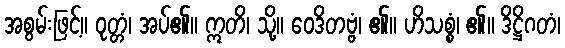
အစွမ်းဖြင့်။ ဝုတ္တံ၊ အပ်၏။ ဣတိ၊ သို့။ ဝေဒိတဗ္ဗံ၊ ၏။ ဟိသစ္စံ၊ ၏။ ဒိဋ္ဌိဂတံ၊